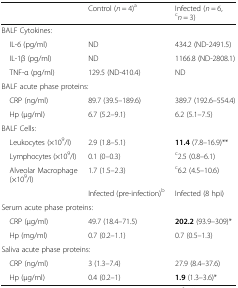
<table><thead><tr><td></td><td><b>Control (<i>n</i> = 4)<sup>a</sup></b></td><td><b>Infected (<i>n</i> = 6, <sup>c</sup><i>n</i> = 3)</b></td></tr></thead><tbody><tr><td colspan="3">BALF Cytokines:</td></tr><tr><td> IL-6 (pg/ml)</td><td>ND</td><td>434.2 (ND-2491.5)</td></tr><tr><td> IL-1β (pg/ml)</td><td>ND</td><td>1166.8 (ND-2808.1)</td></tr><tr><td> TNF-α (pg/ml)</td><td>129.5 (ND-410.4)</td><td>ND</td></tr><tr><td colspan="3">BALF acute phase proteins:</td></tr><tr><td> CRP (ng/ml)</td><td>89.7 (39.5–189.6)</td><td>389.7 (192.6–554.4)</td></tr><tr><td> Hp (μg/ml)</td><td>6.7 (5.2–9.1)</td><td>6.2 (5.1–7.5)</td></tr><tr><td colspan="3">BALF Cells:</td></tr><tr><td> Leukocytes (×10<sup>9</sup>/l)</td><td>2.9 (1.8–5.1)</td><td><b>11.4</b> (7.8–16.9)**</td></tr><tr><td> Lymphocytes (×10<sup>9</sup>/l)</td><td>0.1 (0–0.3)</td><td><sup>c</sup>2.5 (0.8–6.1)</td></tr><tr><td> Alveolar Macrophage (×10<sup>9</sup>/l)</td><td>1.7 (1.5–2.3)</td><td><sup>c</sup>6.2 (4.5–10.6)</td></tr><tr><td></td><td>Infected (pre-infection)<sup>b</sup></td><td>Infected (8 hpi)</td></tr><tr><td colspan="3">Serum acute phase proteins:</td></tr><tr><td> CRP (μg/ml)</td><td>49.7 (18.4–71.5)</td><td><b>202.2</b> (93.9–309)*</td></tr><tr><td> Hp (mg/ml)</td><td>0.7 (0.2–1.1)</td><td>0.7 (0.5–1.3)</td></tr><tr><td colspan="3">Saliva acute phase proteins:</td></tr><tr><td> CRP (ng/ml)</td><td>3 (1.3–7.4)</td><td>27.9 (8.4–37.6)</td></tr><tr><td> Hp (μg/ml)</td><td>0.4 (0.2–1)</td><td><b>1.9</b> (1.3–3.6)*</td></tr></tbody></table>